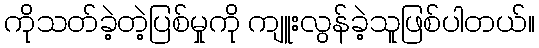
ကိုသတ်ခဲ့တဲ့ပြစ်မှုကို ကျူးလွန်ခဲ့သူဖြစ်ပါတယ်။